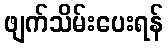
ဖျက်သိမ်းပေးရန်